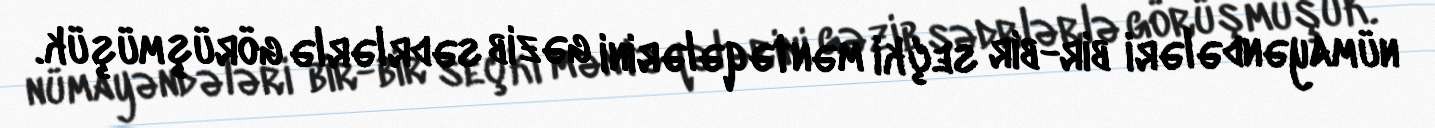
nümayəndələri bir-bir seçki məntəqələrini gəzib sədrlərlə görüşmüşük.